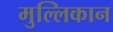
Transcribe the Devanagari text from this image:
मुल्लिकान